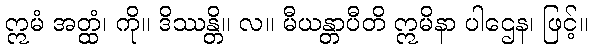
ဣမံ အတ္ထံ၊ ကို။ ဒိဿန္တိ။ လ။ မီယန္တာပီတိ ဣမိနာ ပါဌေန၊ ဖြင့်။